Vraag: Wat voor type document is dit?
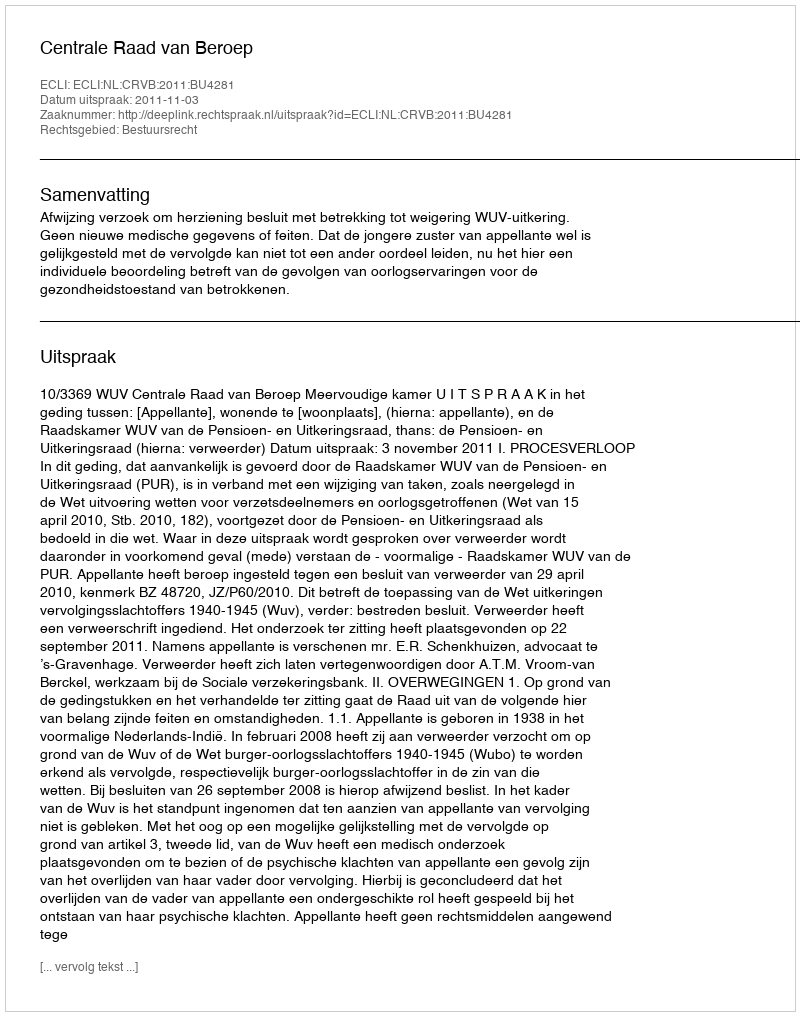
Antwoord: Uitspraak